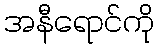
အနီရောင်ကို